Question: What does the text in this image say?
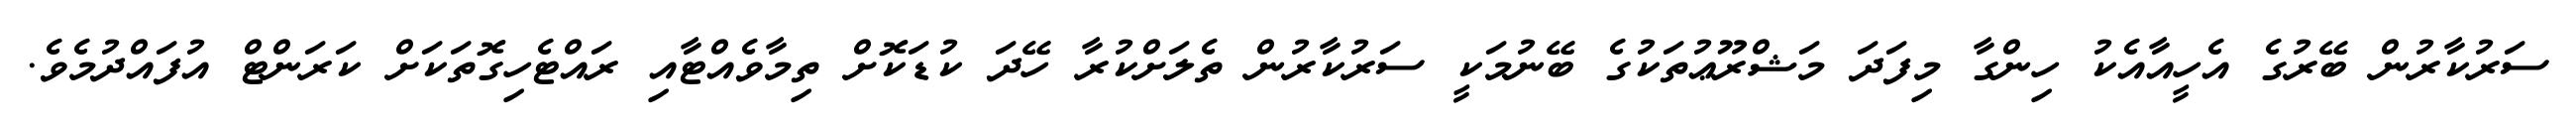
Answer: ސަރުކާރުން ބޭރުގެ އެހީއާއެކު ހިންގާ މިފަދަ މަޝްރޫޢުތަކުގެ ބޭނުމަކީ ސަރުކާރުން ތެލަށްކުރާ ހޭދަ ކުޑަކޮށް ތިމާވެއްޓާއި ރައްޓެހިގޮތަކަށް ކަރަންޓް އުފައްދުމެވެ.